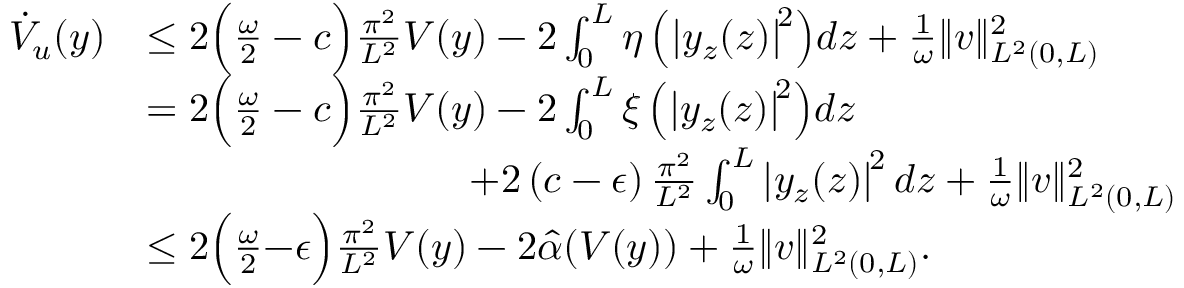
\begin{array} { r l } { \dot { V } _ { u } ( y ) } & { \leq 2 \Big ( \frac { \omega } { 2 } - c \Big ) \frac { \pi ^ { 2 } } { L ^ { 2 } } V ( y ) - 2 \int _ { 0 } ^ { L } \eta \left( \left| y _ { z } ( z ) \right| ^ { \! 2 } \right) \! d z + \frac { 1 } { \omega } \| v \| _ { L ^ { 2 } ( 0 , L ) } ^ { 2 } } \\ & { = 2 \Big ( \frac { \omega } { 2 } - c \Big ) \frac { \pi ^ { 2 } } { L ^ { 2 } } V ( y ) - 2 \int _ { 0 } ^ { L } \xi \left( \left| y _ { z } ( z ) \right| ^ { \! 2 } \right) \! d z } \\ & { \qquad \qquad \qquad \qquad + 2 \left( c - \epsilon \right) \frac { \pi ^ { 2 } } { L ^ { 2 } } \int _ { 0 } ^ { L } \left| y _ { z } ( z ) \right| ^ { \! 2 } d z + \frac { 1 } { \omega } \| v \| _ { L ^ { 2 } ( 0 , L ) } ^ { 2 } } \\ & { \leq 2 \Big ( \frac { \omega } { 2 } { - } \epsilon \Big ) \frac { \pi ^ { 2 } } { L ^ { 2 } } V ( y ) - 2 \hat { \alpha } ( V ( y ) ) + \frac { 1 } { \omega } \| v \| _ { L ^ { 2 } ( 0 , L ) } ^ { 2 } . } \end{array}